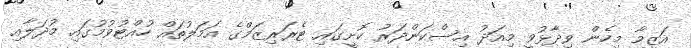
އަޒީމާ މިހެން ވިދާޅުވީ މިއަދު އިސްކަންދަރު ކޮށީގައި ޓެރަރިޒަމްގެ އަމަލުތައް ހުއްޓުވުމުގައި މުދަލާއި